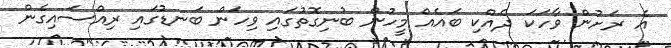
އެ ރަށުން ވާހަކަ ދެއްކި ބައެއް މީހުން ބުނިގޮތުގައި ވިހަން ބަނޑުގައި ރިއްސައިގެން